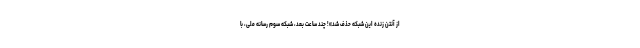
از آنتن زنده این شبکه حذف شد»! چند ساعت بعد، شبکه سوم رسانه ملی، با